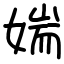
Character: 媏